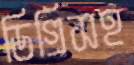
ডিগ্রিসহ